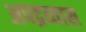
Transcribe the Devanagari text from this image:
अपद्रव्यास